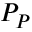
P _ { P }